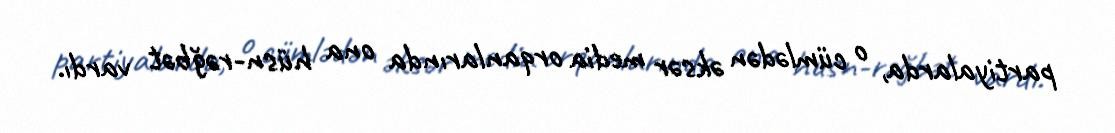
partiyalarda, o cümlədən əksər media orqanlarında ona hüsn-rəğbət vardı.